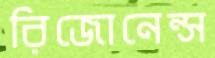
রিজোনেন্স